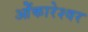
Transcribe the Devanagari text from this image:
ओेंकारेश्वर